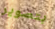
بتصوير